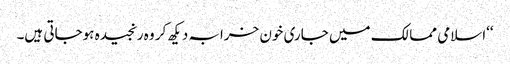
‘‘اسلامی ممالک میں جاری خون خرابہ دیکھ کر وہ رنجیدہ ہوجاتی ہیں۔